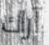
آراك